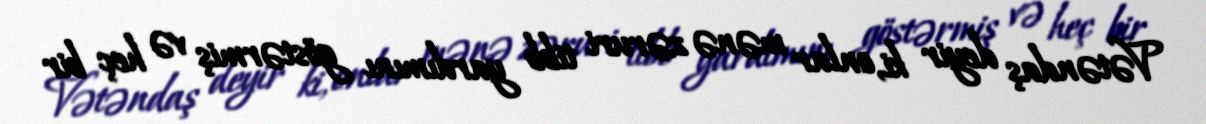
Vətəndaş deyir ki, onlar mənə zəruri tibb yardımını göstərmiş və heç bir